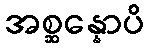
အစ္ဆန္နောပိ